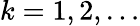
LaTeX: k=1,2,\dots